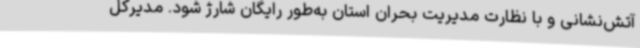
آتش‌نشانی و با نظارت مدیریت بحران استان به‌طور رایگان شارژ شود. مدیرکل